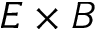
E \times B